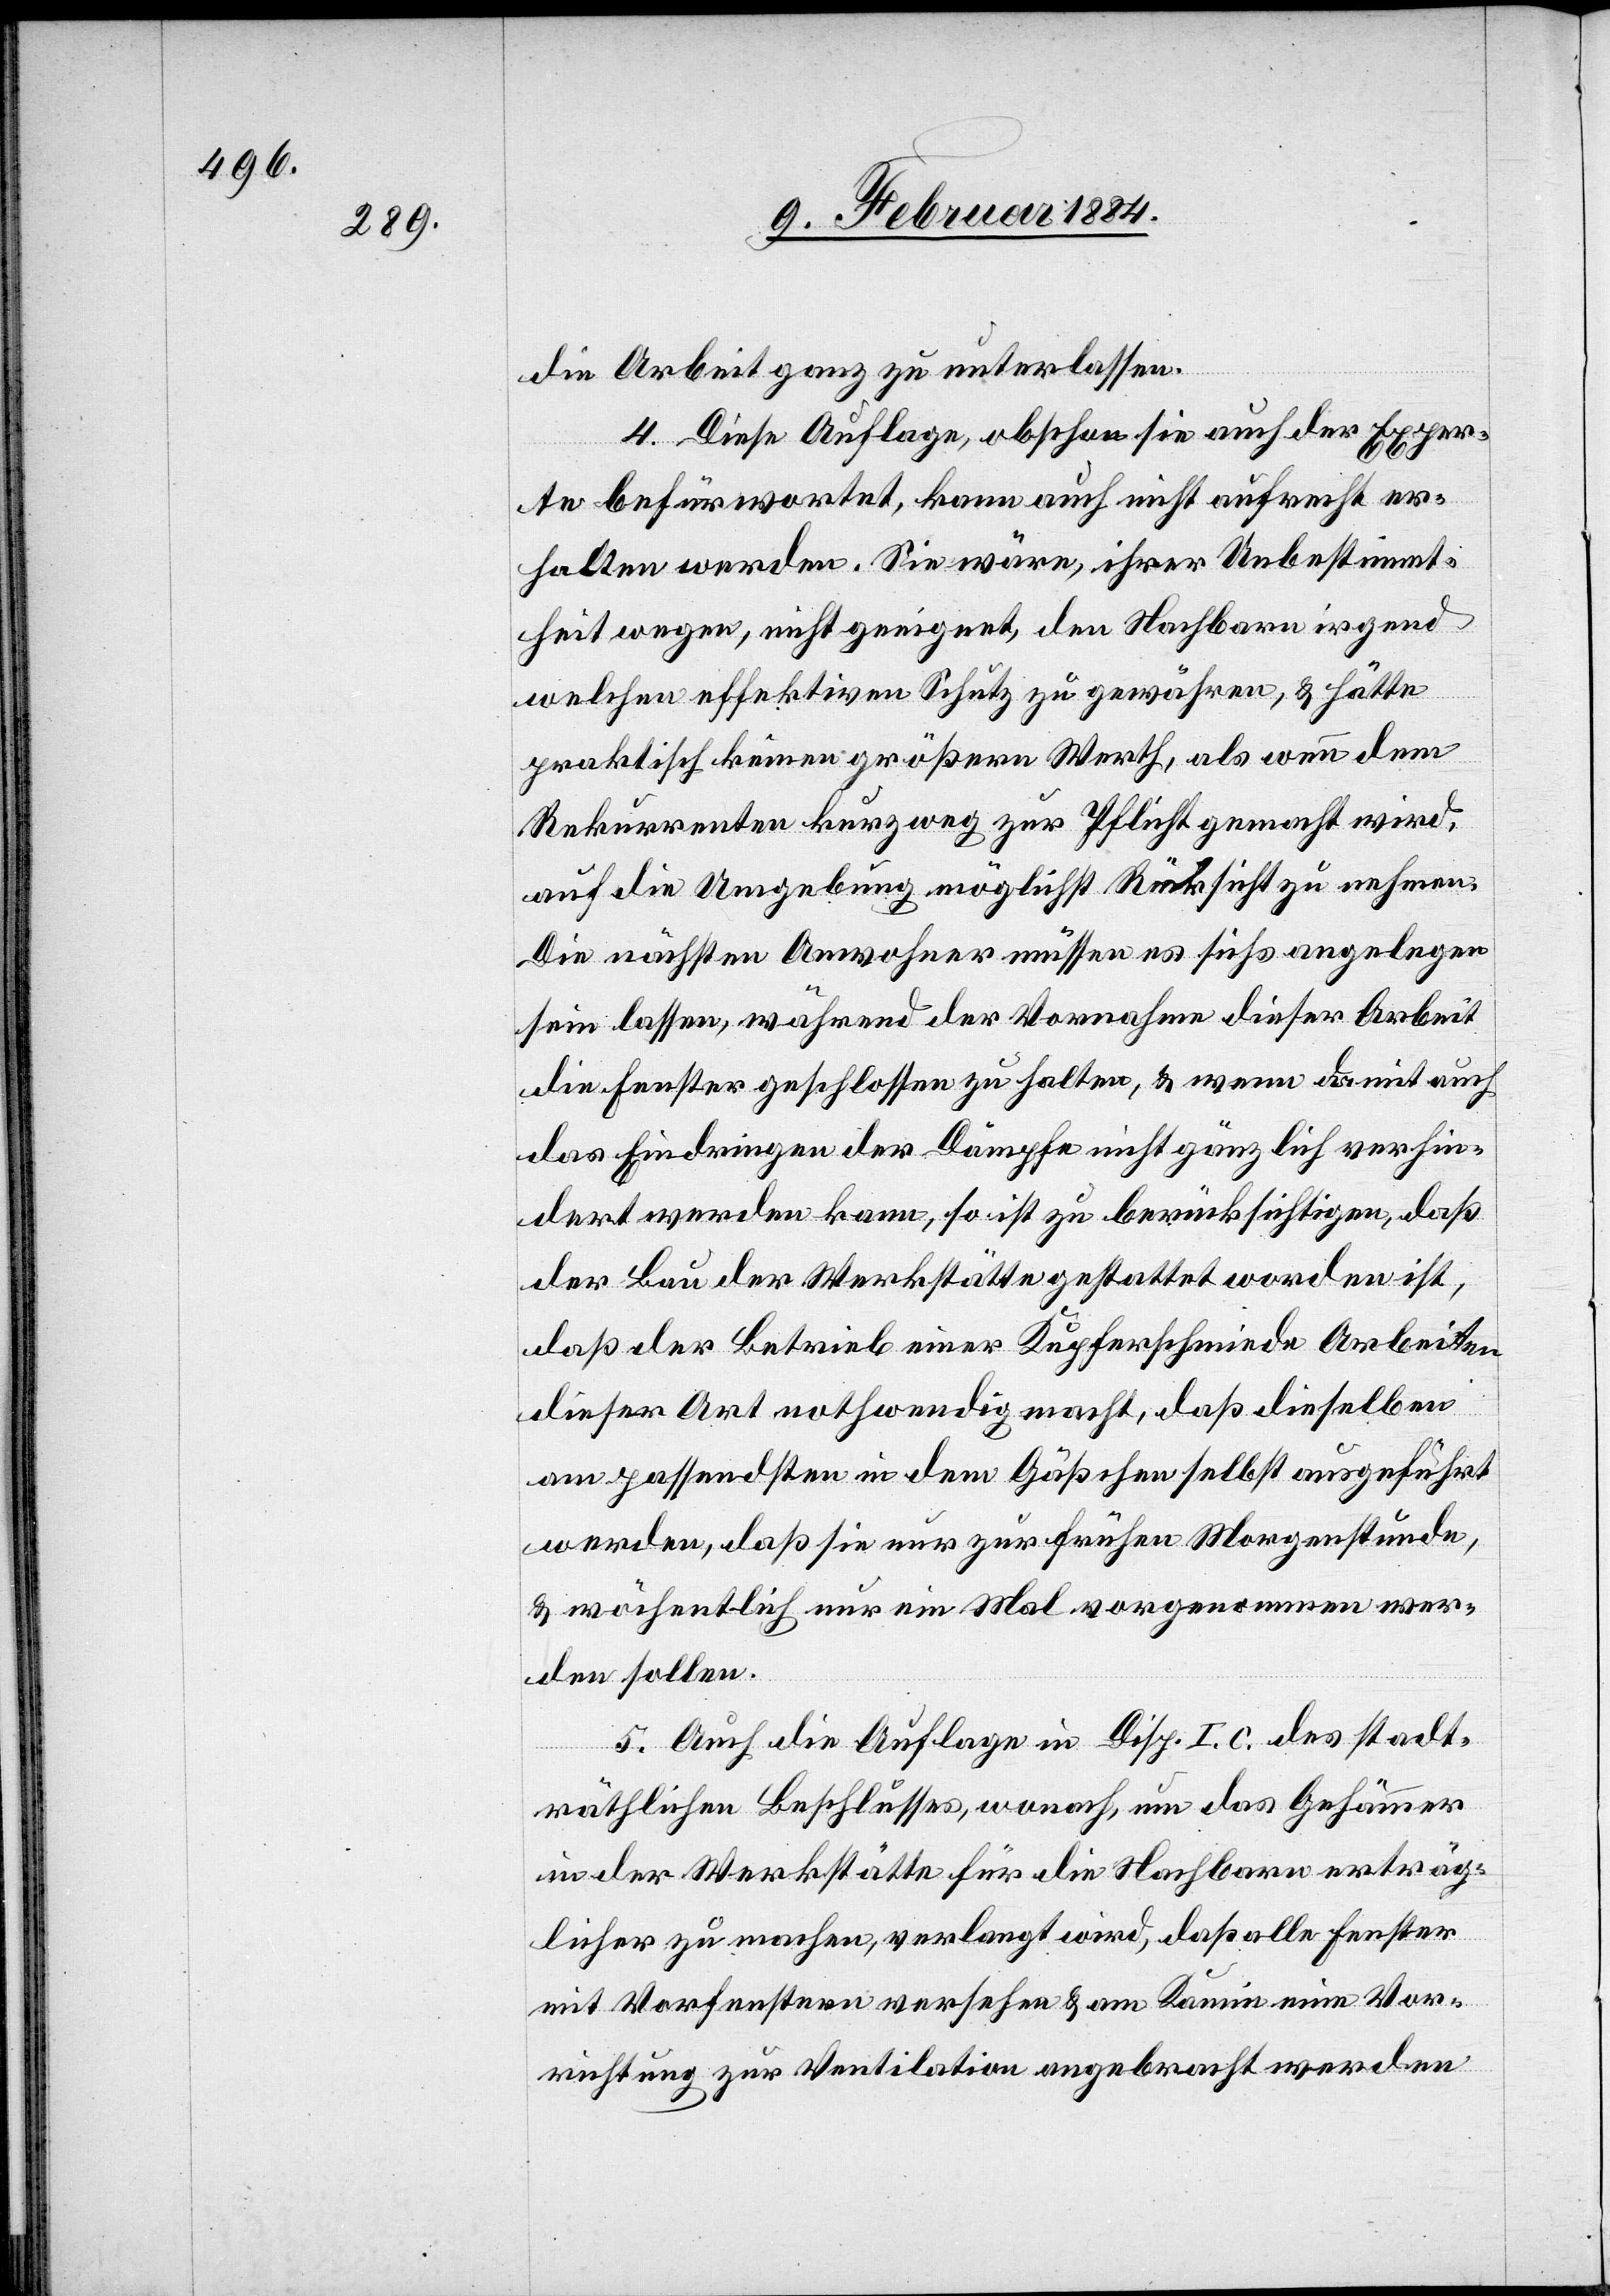
die Arbeit ganz zu unterlassen.
4. Diese Auflage, obschon sie auch der Exper¬
te befürwortet, kann auch nicht aufrecht er¬
halten werden. Sie wäre, ihrer Unbestimmt¬
heit wegen, nicht geeignet, den Nachbarn irgend
welchen effektiven Schutz zu gewähren, & hätte
praktisch keinen größeren Werth, als wenn dem
Rekurrenten kurzweg zur Pflicht gemacht wird,
auf die Umgebung möglichst Rücksicht zu nehmen.
Die nächsten Anwohner müssen es sichs angelegen
sein lassen, während der Vornahmen dieser Arbeit
die Fenster geschlossen zu halten, & wenn damit auch
das Eindringen der Dämpfe nicht gänzlich verhin¬
dert werden kann, so ist zu berücksichtigen, daß
der Bau der Werkstätte gestattet worden ist,
daß der Betrieb einer Kupferschmiede Arbeiten
dieser Art nothwendig macht, daß dieselben
am passendsten in den Gäßchen selbst ausgeführt
werden, daß sie nur zur frühen Morgenstunde,
& wöchentlich nur ein Mal vorgenommen wer¬
den sollen.
5. Auch die Auflage in Disp. I. c. des stadt¬
räthlichen Beschlusses, wonach um das Gehämmer
in der Werkstätte für die Nachbarn erträg¬
licher zu machen, verlangt wird, daß alle Fenster
mit Vorfenstern versehen & am Kamin eine Vor¬
richtung zur Ventilation angebracht werden